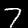
Label: 7